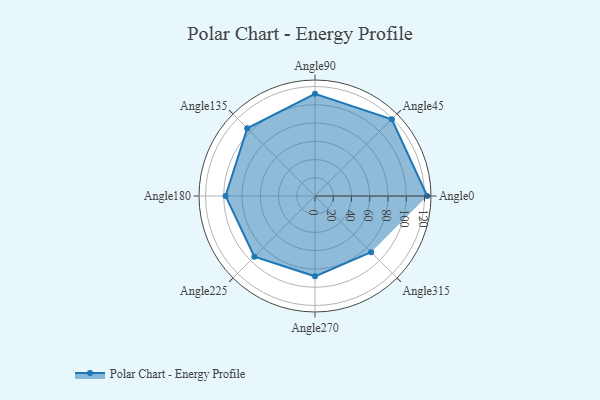
{"axis": {"x": "Angle", "y": "Radius"}, "legend": [""], "data": [{"x": "Angle0", "y": 123.0, "type": ""}, {"x": "Angle45", "y": 119.0, "type": ""}, {"x": "Angle90", "y": 112.0, "type": ""}, {"x": "Angle135", "y": 105.0, "type": ""}, {"x": "Angle180", "y": 98.0, "type": ""}, {"x": "Angle225", "y": 94.0, "type": ""}, {"x": "Angle270", "y": 88.0, "type": ""}, {"x": "Angle315", "y": 87.0, "type": ""}]}